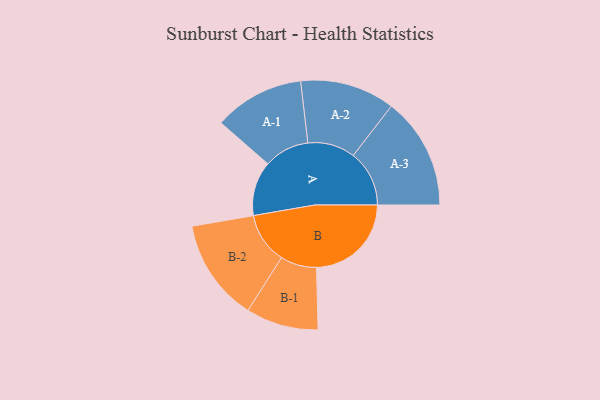
{"axis": {"x": "Segment", "y": "Value"}, "legend": ["", "A", "B"], "data": [{"x": "A", "y": 278, "type": ""}, {"x": "B", "y": 484, "type": ""}, {"x": "A-1", "y": 231, "type": "A"}, {"x": "A-2", "y": 242, "type": "A"}, {"x": "A-3", "y": 286, "type": "A"}, {"x": "B-1", "y": 185, "type": "B"}, {"x": "B-2", "y": 261, "type": "B"}]}